Leaving Certificate Examination (including Day School Certificate (Higher) General paper), 1937
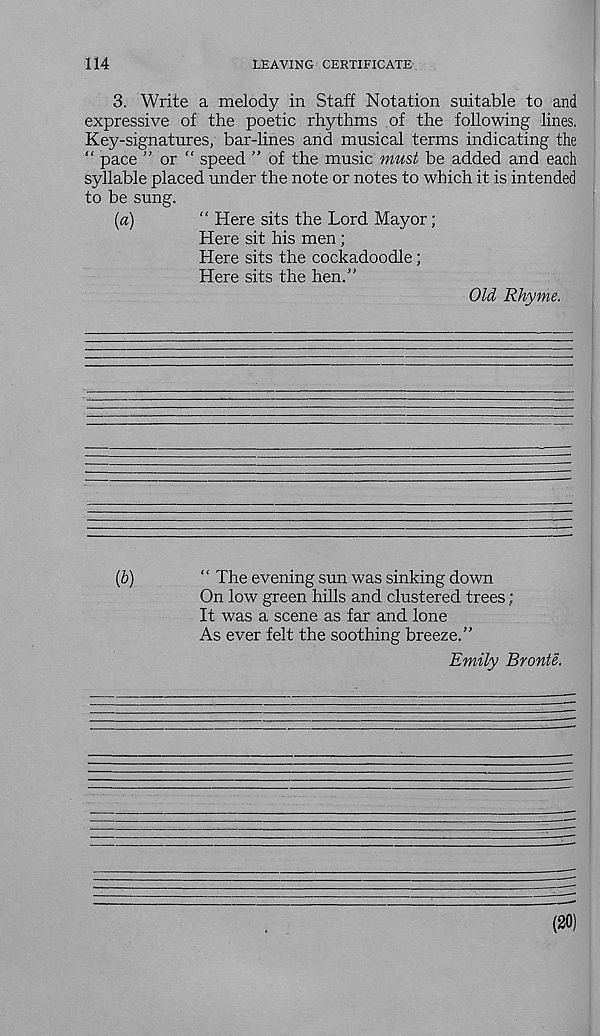
114
LEAVING CERTIFICATE
3. Write a melody in Staff Notation suitable to and
expressive of the poetic rhythms of the following lines.
Key-signatures, bar-lines and musical terms indicating the
“ pace ” or “ speed ” of the music must be added and each
syllable placed under the note or notes to which it is intended
to be sung.
[a)
“ Here sits the Lord Mayor;
Here sit his men ;
Here sits the cockadoodle;
Here sits the hen.”
Old Rhyme.
(b)
“ The evening sun was sinking down
On low green hills and clustered trees;
It was a scene as far and lone
As ever felt the soothing breeze.”
Emily Bronte.
(20)